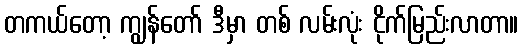
တကယ်တော့ ကျွန်တော် ဒီမှာ တစ် လမ်းလုံး ငိုက်မြည်းလာတာ။